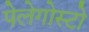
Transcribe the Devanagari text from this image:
पेलेगोस्टो